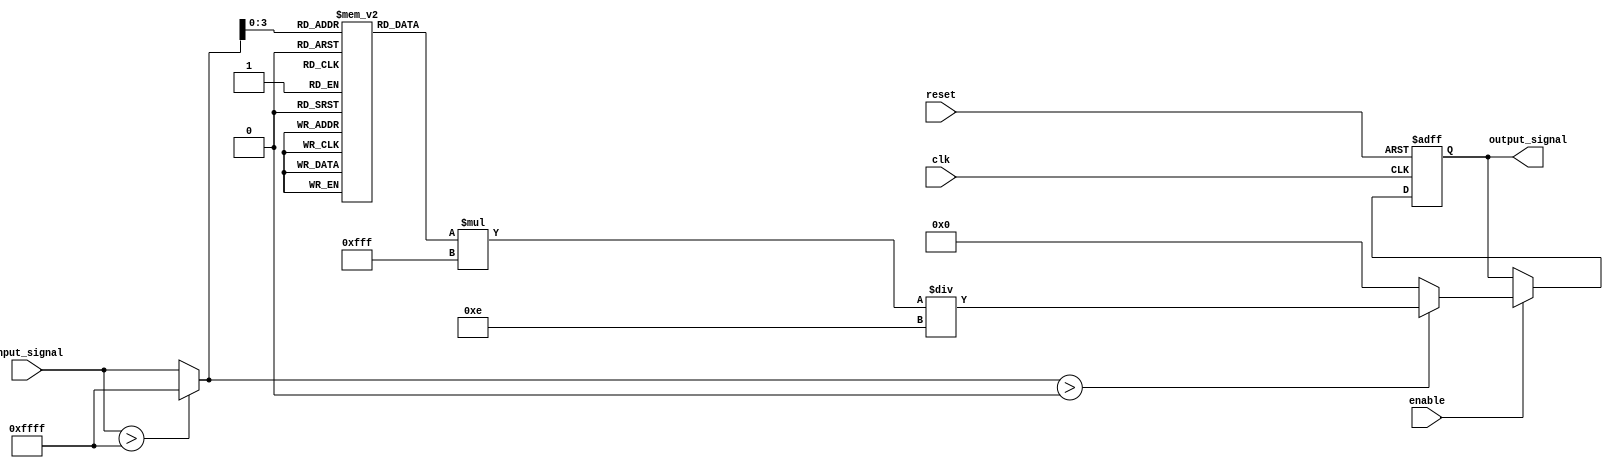
module LogarithmicFilter (
    input wire clk,               // Clock signal
    input wire reset,             // Reset signal
    input wire enable,            // Enable signal
    input wire [15:0] input_signal, // 16-bit input signal (fixed-point)
    output reg [15:0] output_signal // 16-bit output signal (fixed-point)
);

    // Parameters
    parameter LOG_BASE = 10;      // Base of the logarithm
    parameter MAX_INPUT = 16'hFFFF; // Maximum input value
    parameter OUTPUT_SCALE = 16'h0FFF; // Scale factor for output

    // Lookup table for logarithm approximation (for values 1 to 16)
    reg [15:0] log_table [0:15]; // 16 entries for log values
    initial begin
        log_table[0] = 16'h0000; // log(1) = 0
        log_table[1] = 16'h0000; // log(1) = 0
        log_table[2] = 16'h0001; // log(2)
        log_table[3] = 16'h0002; // log(3)
        log_table[4] = 16'h0003; // log(4)
        log_table[5] = 16'h0004; // log(5)
        log_table[6] = 16'h0005; // log(6)
        log_table[7] = 16'h0006; // log(7)
        log_table[8] = 16'h0007; // log(8)
        log_table[9] = 16'h0008; // log(9)
        log_table[10] = 16'h0009; // log(10)
        log_table[11] = 16'h000A; // log(11)
        log_table[12] = 16'h000B; // log(12)
        log_table[13] = 16'h000C; // log(13)
        log_table[14] = 16'h000D; // log(14)
        log_table[15] = 16'h000E; // log(15)
    end

    // Internal signal for normalized input
    reg [15:0] normalized_input;

    always @(posedge clk or posedge reset) begin
        if (reset) begin
            output_signal <= 16'h0000; // Reset output
        end else if (enable) begin
            // Normalize input (simple scaling)
            normalized_input = (input_signal > MAX_INPUT) ? MAX_INPUT : input_signal;

            // Logarithmic computation using lookup table
            if (normalized_input > 16'h0000) begin
                output_signal <= log_table[normalized_input[3:0]] * OUTPUT_SCALE / 16'h000E; // Scale output
            end else begin
                output_signal <= 16'h0000; // Handle log(0) case
            end
        end
    end

endmodule